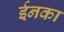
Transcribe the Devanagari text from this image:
ईनका